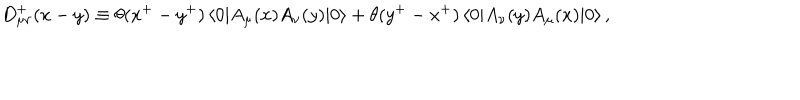
D _ { \mu \nu } ^ { + } ( x - y ) \equiv \theta ( x ^ { + } - y ^ { + } ) \left< 0 | A _ { \mu } ( x ) A _ { \nu } ( y ) | 0 \right> + \theta ( y ^ { + } - x ^ { + } ) \left< 0 | A _ { \nu } ( y ) A _ { \mu } ( x ) | 0 \right> ,